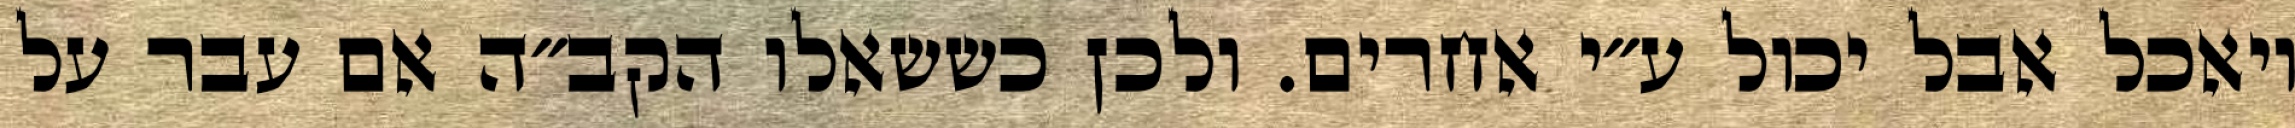
ויאכל אבל יכול ע״י אחרים. ולכן כששאלו הקב״ה אם עבר על